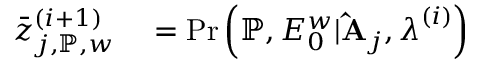
\begin{array} { r l } { \bar { z } _ { j , \mathbb { P } , w } ^ { ( i + 1 ) } } & { { } = \mathrm { P r } \left( \mathbb { P } , E _ { 0 } ^ { w } | \mathbf { \hat { A } } _ { j } , \boldsymbol { \lambda } ^ { ( i ) } \right) } \end{array}